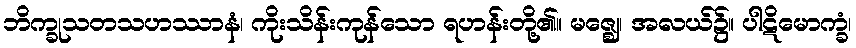
ဘိက္ခုသတသဟဿာနံ၊ ကိုးသိန်းကုန်သော ရဟန်းတို့၏။ မဇ္ဈေ၊ အလယ်၌။ ပါဋိမောက္ခံ၊